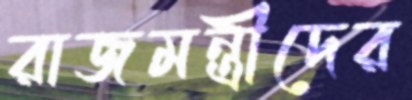
রাজমন্ত্রীদের